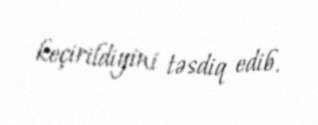
keçirildiyini təsdiq edib.